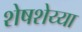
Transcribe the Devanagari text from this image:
शेषशेय्या